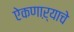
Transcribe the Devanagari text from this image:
ऐकणाऱ्याचे